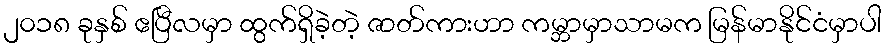
၂၀၁၈ ခုနှစ် ဧပြီလမှာ ထွက်ရှိခဲ့တဲ့ ဇာတ်ကားဟာ ကမ္ဘာမှာသာမက မြန်မာနိုင်ငံမှာပါ